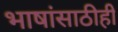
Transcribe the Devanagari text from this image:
भाषांसाठीही